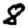
Digit: 8